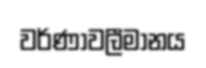
වර්ණාවලීමානය